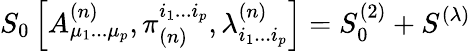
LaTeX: S_{0}\left[A_{\mu_{1}...\mu_{p}}^{(n)},\pi_{(n)}^{i_{1}...i_{p}},\lambda_{i_{1}...i_{p}}^{(n)}\right]=S_{0}^{(2)}+S^{(\lambda)}